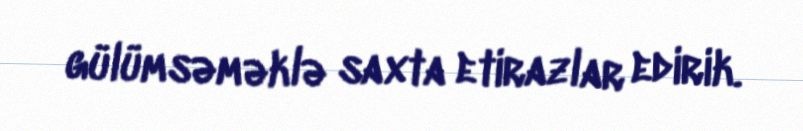
gülümsəməklə saxta etirazlar edirik.